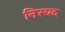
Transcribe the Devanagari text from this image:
निस्यद